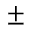
\pm